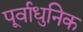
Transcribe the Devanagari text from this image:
पूर्वाधुनिक